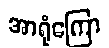
အာရုံကြော